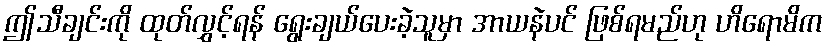
ဤသီချင်းကို ထုတ်လွှင့်ရန် ရွေးချယ်ပေးခဲ့သူမှာ အာယနဲပင် ဖြစ်ရမည်ဟု ဟိရောမိက